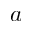
a